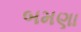
બમણા